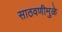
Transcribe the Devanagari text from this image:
साठवणीमुळे